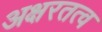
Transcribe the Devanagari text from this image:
अक्षरतत्व